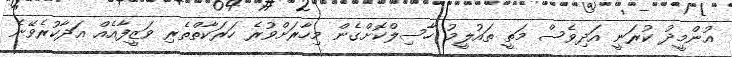
އުންމީދު ކުރަނީ އަދިވެސް މަތީ ތައުލީމު ހާސިލްކޮށްގެން މިހާރަށްވުރެ ހަރަކާތްތެރި ވަޒީފާއެއް އަދާކުރެވޭނެ